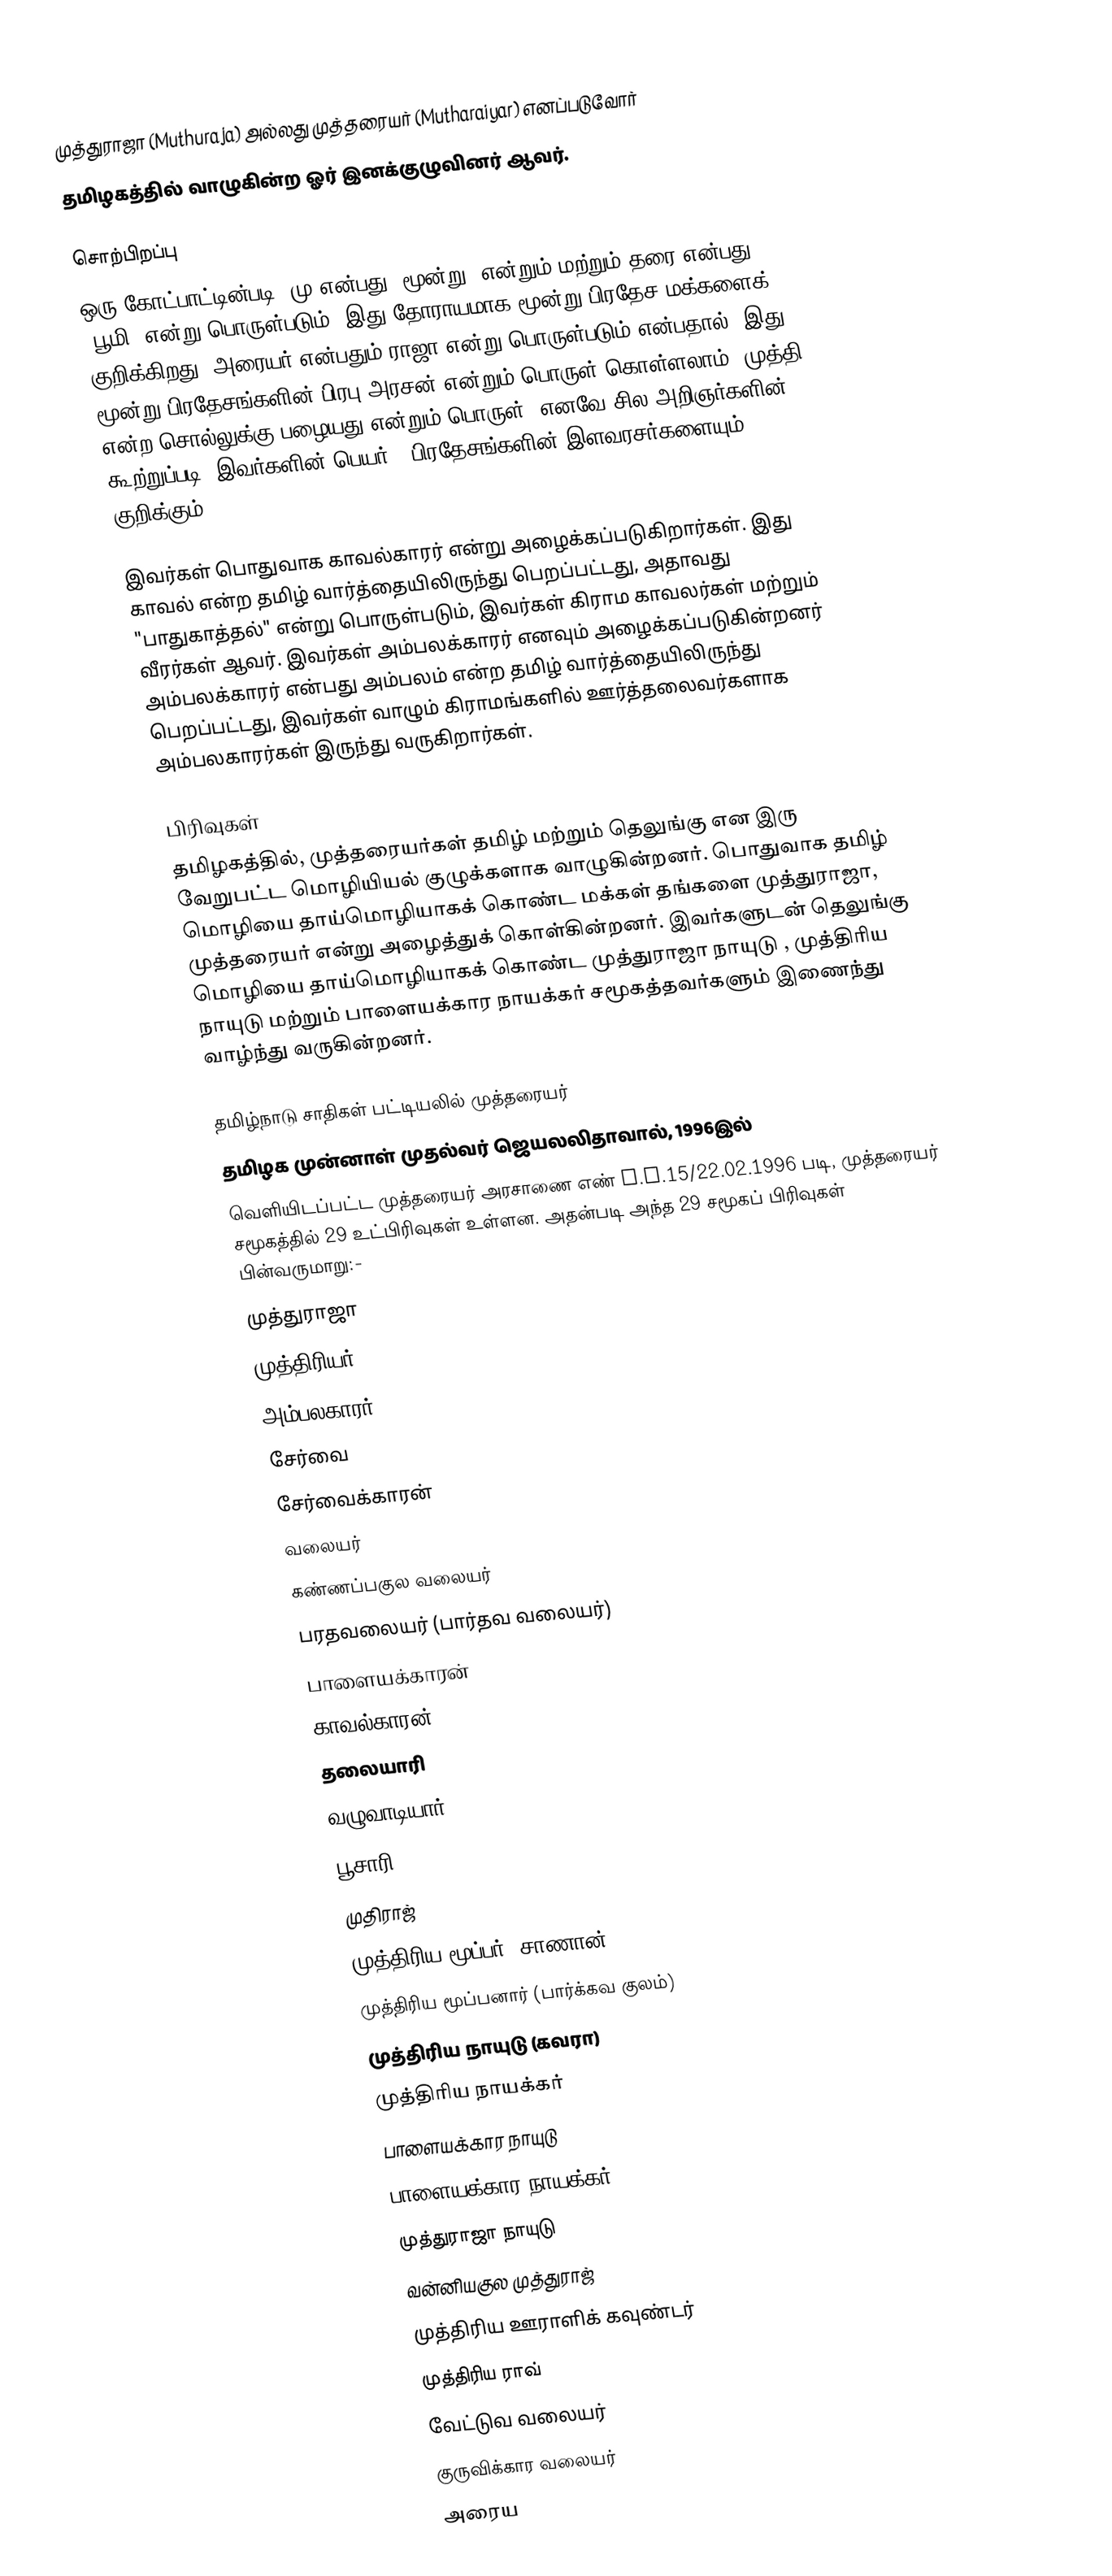
முத்துராஜா (Muthuraja) அல்லது முத்தரையர் (Mutharaiyar) எனப்படுவோர்
தமிழகத்தில் வாழுகின்ற ஓர் இனக்குழுவினர் ஆவர்.

சொற்பிறப்பு
ஒரு கோட்பாட்டின்படி, மு என்பது "மூன்று" என்றும் மற்றும் தரை என்பது "பூமி" என்று பொருள்படும். இது தோராயமாக மூன்று பிரதேச மக்களைக் குறிக்கிறது. அரையர் என்பதும் ராஜா என்று பொருள்படும் என்பதால், இது மூன்று பிரதேசங்களின் பிரபு/அரசன் என்றும் பொருள் கொள்ளலாம். முத்தி என்ற சொல்லுக்கு பழையது என்றும் பொருள், எனவே சில அறிஞர்களின் கூற்றுப்படி, இவர்களின் பெயர் 3 பிரதேசங்களின் இளவரசர்களையும் குறிக்கும்.

இவர்கள் பொதுவாக காவல்காரர் என்று அழைக்கப்படுகிறார்கள். இது காவல் என்ற தமிழ் வார்த்தையிலிருந்து பெறப்பட்டது, அதாவது "பாதுகாத்தல்" என்று பொருள்படும், இவர்கள் கிராம காவலர்கள் மற்றும் வீரர்கள் ஆவர். இவர்கள் அம்பலக்காரர் எனவும் அழைக்கப்படுகின்றனர்  அம்பலக்காரர் என்பது அம்பலம் என்ற தமிழ் வார்த்தையிலிருந்து பெறப்பட்டது, இவர்கள் வாழும் கிராமங்களில் ஊர்த்தலைவர்களாக அம்பலகாரர்கள் இருந்து வருகிறார்கள்.

பிரிவுகள்
தமிழகத்தில், முத்தரையர்கள் தமிழ் மற்றும் தெலுங்கு என இரு வேறுபட்ட மொழியியல் குழுக்களாக வாழுகின்றனர். பொதுவாக தமிழ் மொழியை தாய்மொழியாகக் கொண்ட மக்கள் தங்களை முத்துராஜா, முத்தரையர் என்று அழைத்துக் கொள்கின்றனர். இவர்களுடன் தெலுங்கு மொழியை தாய்மொழியாகக் கொண்ட  முத்துராஜா நாயுடு , முத்திரிய நாயுடு    மற்றும் பாளையக்கார நாயக்கர் சமூகத்தவர்களும் இணைந்து வாழ்ந்து வருகின்றனர்.

தமிழ்நாடு சாதிகள் பட்டியலில் முத்தரையர்
தமிழக முன்னாள் முதல்வர் ஜெயலலிதாவால், 1996இல்
வெளியிடப்பட்ட முத்தரையர் அரசாணை எண் G.O.15/22.02.1996 படி, முத்தரையர் சமூகத்தில் 29 உட்பிரிவுகள் உள்ளன. அதன்படி அந்த 29 சமூகப்  பிரிவுகள் பின்வருமாறு:-
 முத்துராஜா
 முத்திரியர்
 அம்பலகாரர்
 சேர்வை
 சேர்வைக்காரன்
 வலையர்
 கண்ணப்பகுல வலையர்
 பரதவலையர் (பார்தவ வலையர்)
 பாளையக்காரன்
 காவல்காரன்
 தலையாரி
 வழுவாடியார்
 பூசாரி
 முதிராஜ்
 முத்திரிய மூப்பர் (சாணான்)
 முத்திரிய மூப்பனார் (பார்க்கவ குலம்)
 முத்திரிய நாயுடு (கவரா)
 முத்திரிய நாயக்கர்
 பாளையக்கார நாயுடு
 பாளையக்கார நாயக்கர்
 முத்துராஜா நாயுடு
 வன்னியகுல முத்துராஜ்
 முத்திரிய ஊராளிக் கவுண்டர்
 முத்திரிய ராவ்
 வேட்டுவ வலையர்
 குருவிக்கார வலையர்
 அரைய